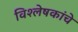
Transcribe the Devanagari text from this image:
विश्लेषकांचे